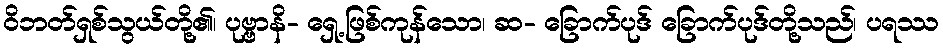
ဝိဘတ်ရှစ်သွယ်တို့၏၊ ပုဗ္ဗာနိ- ရှေ့ဖြစ်ကုန်သော၊ ဆ- ခြောက်ပုဒ် ခြောက်ပုဒ်တို့သည်၊ ပရဿ